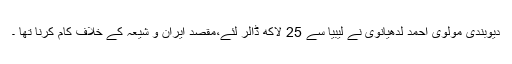
دیوبندی مولوی احمد لدھیانوی نے لیبیا سے 25 لاکھ ڈالر لئے،مقصد ایران و شیعہ کے خلاف کام کرنا تھا ۔